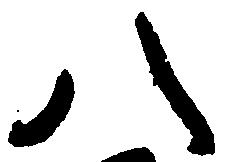
八